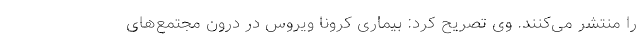
را منتشر می‌کنند. وی تصریح کرد: بیماری کرونا ویروس در درون مجتمع‌های